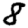
Digit: 8